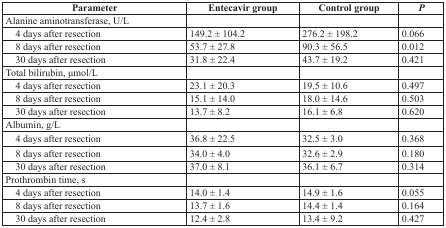
<table><thead><tr><td><b>Parameter</b></td><td><b>Entecavir group</b></td><td><b>Control group</b></td><td><b><i>P</i></b></td></tr></thead><tbody><tr><td>Alanine aminotransferase, U/L</td><td></td><td></td><td></td></tr><tr><td>4 days after resection</td><td>149.2 ± 104.2</td><td>276.2 ± 198.2</td><td>0.066</td></tr><tr><td>8 days after resection</td><td>53.7 ± 27.8</td><td>90.3 ± 56.5</td><td>0.012</td></tr><tr><td>30 days after resection</td><td>31.8 ± 22.4</td><td>43.7 ± 19.2</td><td>0.421</td></tr><tr><td>Total bilirubin, μmol/L</td><td></td><td></td><td></td></tr><tr><td>4 days after resection</td><td>23.1 ± 20.3</td><td>19.5 ± 10.6</td><td>0.497</td></tr><tr><td>8 days after resection</td><td>15.1 ± 14.0</td><td>18.0 ± 14.6</td><td>0.503</td></tr><tr><td>30 days after resection</td><td>13.7 ± 8.2</td><td>16.1 ± 6.8</td><td>0.620</td></tr><tr><td>Albumin, g/L</td><td></td><td></td><td></td></tr><tr><td>4 days after resection</td><td>36.8 ± 22.5</td><td>32.5 ± 3.0</td><td>0.368</td></tr><tr><td>8 days after resection</td><td>34.0 ± 4.0</td><td>32.6 ± 2.9</td><td>0.180</td></tr><tr><td>30 days after resection</td><td>37.0 ± 8.1</td><td>36.1 ± 6.7</td><td>0.314</td></tr><tr><td>Prothrombin time, s</td><td></td><td></td><td></td></tr><tr><td>4 days after resection</td><td>14.0 ± 1.4</td><td>14.9 ± 1.6</td><td>0.055</td></tr><tr><td>8 days after resection</td><td>13.7 ± 1.6</td><td>14.4 ± 1.4</td><td>0.164</td></tr><tr><td>30 days after resection</td><td>12.4 ± 2.8</td><td>13.4 ± 9.2</td><td>0.427</td></tr></tbody></table>